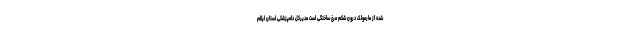
شده از مارمولک درون شکم مرغ ساختگی است مدیرکل دامپزشکی استان ایلام